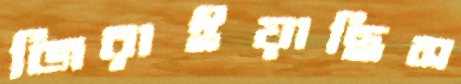
জিরাইয়াছিস